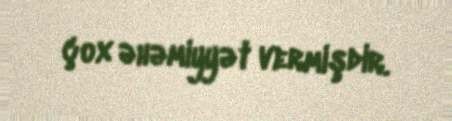
çox əhəmiyyət vermişdir.